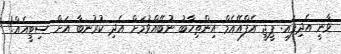
ވާނީ އެދިފައި: ޕީޖީ އެފްއޭއެމް އިންތިހާބު ނުބޭއްވުމަށް އެދި ކުރުނބާ އަށް ސިޓީއެއް!